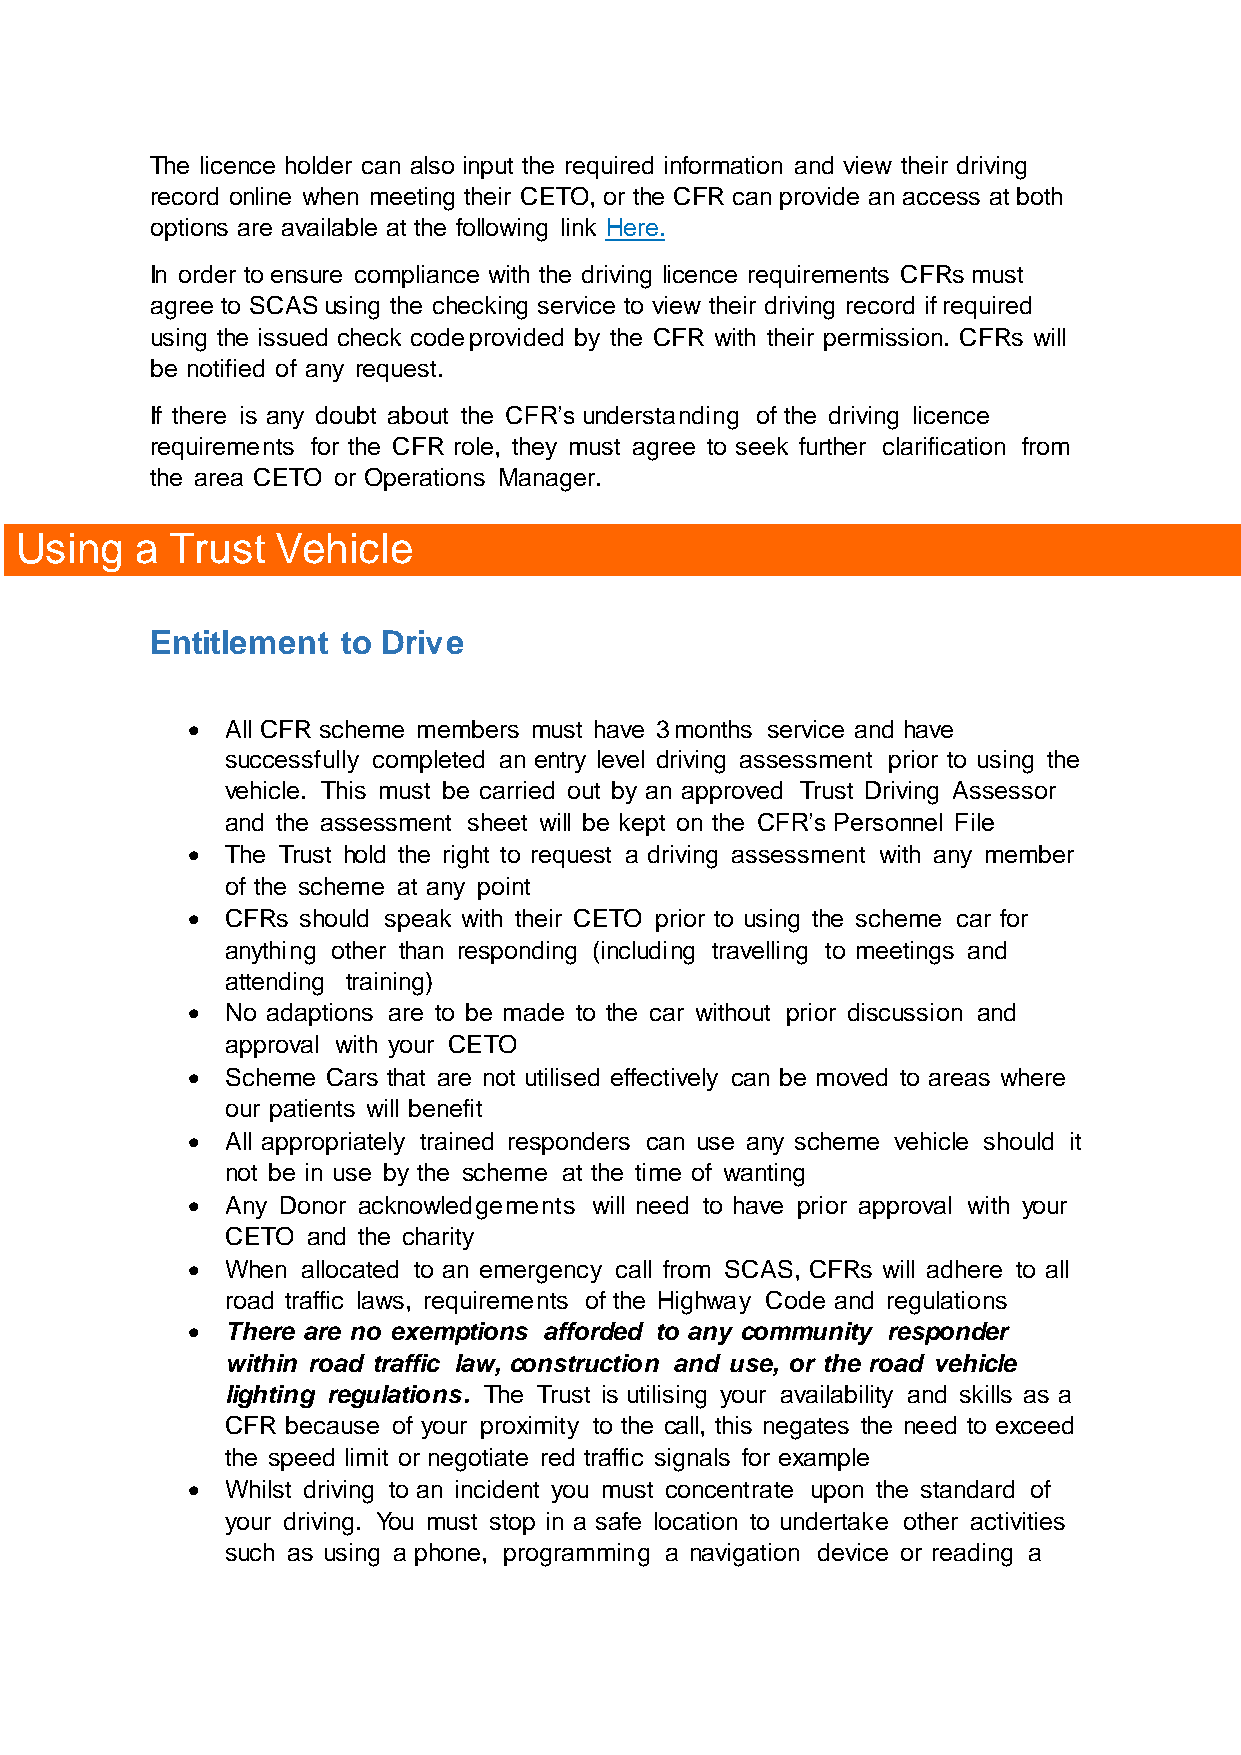
The licence holder can also input the required information and view their driving
 record online when meeting their CETO, or the CFR can provide an access at both
 options are available at the following link Here.
 In order to ensure compliance with the driving licence requirements CFRs must
 agree to SCAS using the checking service to view their driving record if required
 using the issued check code provided by the CFR with their permission. CFRs will
 be notified of any request.
 If there is any doubt about the CFR’s understanding of the driving licence
 requirements for the CFR role, they must agree to seek further clarification from
 the area CETO or Operations Manager.
 Using   a Trust  Vehicle
 Entitlement  to Drive
   All CFR scheme members must have 3 months service and have
 successfully completed an entry level driving assessment prior to using the
 vehicle. This must be carried out by an approved Trust Driving Assessor
 and the assessment sheet will be kept on the CFR’s Personnel File
   The Trust hold the right to request a driving assessment with any member
 of the scheme at any point
   CFRs should speak with their CETO prior to using the scheme car for
 anything other than responding (including travelling to meetings and
 attending training)
   No adaptions are to be made to the car without prior discussion and
 approval with your CETO
   Scheme Cars that are not utilised effectively can be moved to areas where
 our patients will benefit
   All appropriately trained responders can use any scheme vehicle should it
 not be in use by the scheme at the time of wanting
   Any Donor acknowledgements will need to have prior approval with your
 CETO and the charity
   When allocated to an emergency call from SCAS, CFRs will adhere to all
 road traffic laws, requirements of the Highway Code and regulations
   There are no exemptions afforded to any community responder
 within road traffic law, construction and use, or the road vehicle
 lighting regulations. The Trust is utilising your availability and skills as a
 CFR because of your proximity to the call, this negates the need to exceed
 the speed limit or negotiate red traffic signals for example
   Whilst driving to an incident you must concentrate upon the standard of
 your driving. You must stop in a safe location to undertake other activities
 such as using a phone, programming a navigation device or reading a